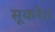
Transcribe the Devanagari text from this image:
सूकरे।।